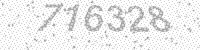
Solution: 716328